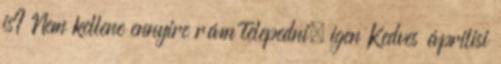
is? Nem kellene ennyire rám telepedni, igen Kedves áprilisi